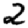
Digit: 2